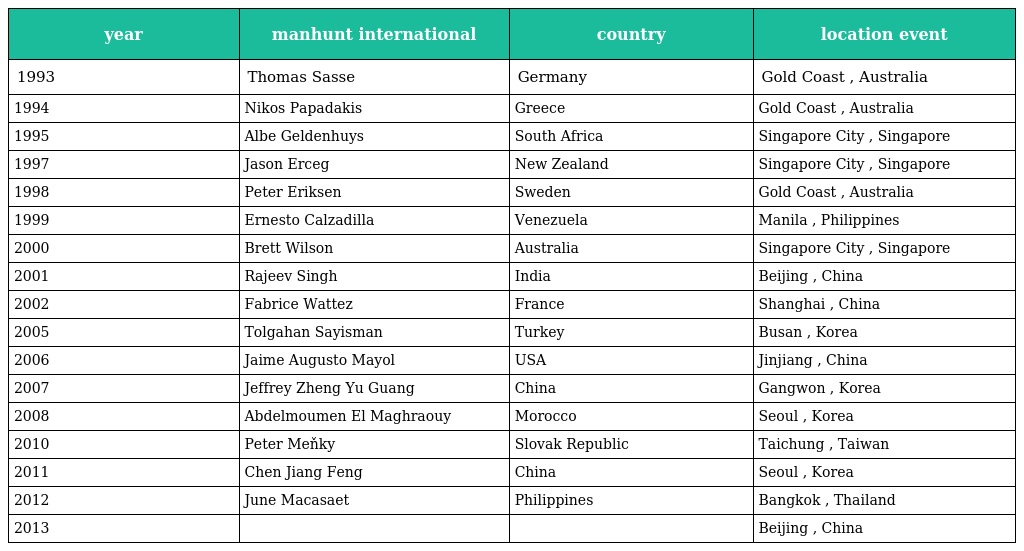
| year | manhunt international | country | location event |
 | --- | --- | --- | --- |
 | 1993 | Thomas Sasse | Germany | Gold Coast , Australia |
 | 1994 | Nikos Papadakis | Greece | Gold Coast , Australia |
 | 1995 | Albe Geldenhuys | South Africa | Singapore City , Singapore |
 | 1997 | Jason Erceg | New Zealand | Singapore City , Singapore |
 | 1998 | Peter Eriksen | Sweden | Gold Coast , Australia |
 | 1999 | Ernesto Calzadilla | Venezuela | Manila , Philippines |
 | 2000 | Brett Wilson | Australia | Singapore City , Singapore |
 | 2001 | Rajeev Singh | India | Beijing , China |
 | 2002 | Fabrice Wattez | France | Shanghai , China |
 | 2005 | Tolgahan Sayisman | Turkey | Busan , Korea |
 | 2006 | Jaime Augusto Mayol | USA | Jinjiang , China |
 | 2007 | Jeffrey Zheng Yu Guang | China | Gangwon , Korea |
 | 2008 | Abdelmoumen El Maghraouy | Morocco | Seoul , Korea |
 | 2010 | Peter Meňky | Slovak Republic | Taichung , Taiwan |
 | 2011 | Chen Jiang Feng | China | Seoul , Korea |
 | 2012 | June Macasaet | Philippines | Bangkok , Thailand |
 | 2013 |  |  | Beijing , China |